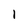
Character: 1